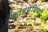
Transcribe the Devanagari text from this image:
कांडग्रंथियाँ